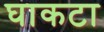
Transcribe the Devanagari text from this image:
घाकटा